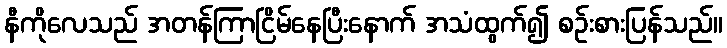
နီကိုလေသည် အတန်ကြာငြိမ်နေပြီးနောက် အသံထွက်၍ စဉ်းစားပြန်သည်။